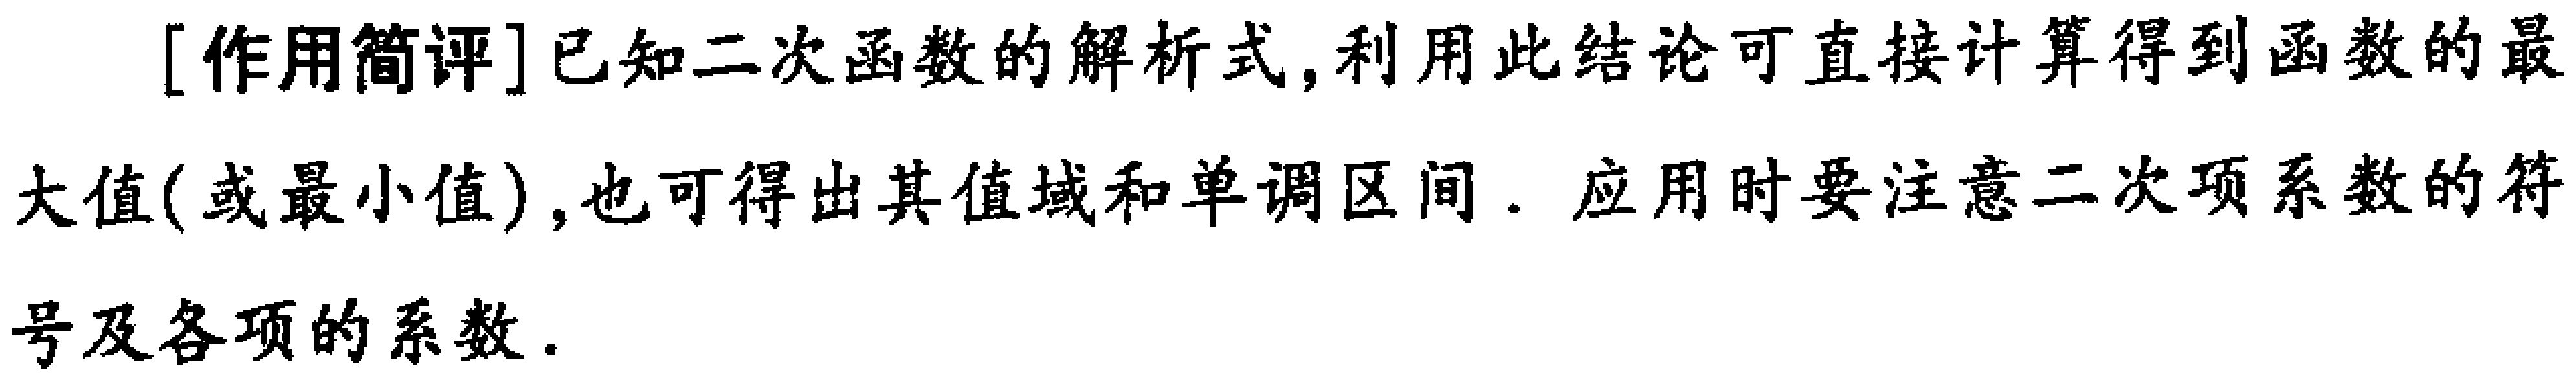
[作用简评]已知二次函数的解析式,利用此结论可直接计算得到函数的最大值(或最小值),也可得出其值域和单调区间. 应用时要注意二次项系数的符号及各项的系数.